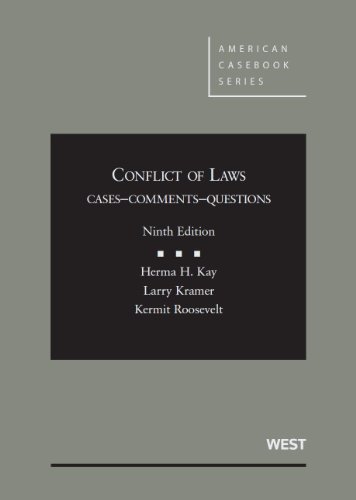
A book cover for Conflict of Laws: Cases, Comments, Questions, 9th Edition (American Casebook); Herma H. Kay; Law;